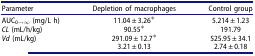
<table><thead><tr><td><b>Parameter</b></td><td><b>Depletion of macrophages</b></td><td><b>Control group</b></td></tr></thead><tbody><tr><td>AUC<sub>0→∞</sub> (mg/L h)</td><td>11.04 ± 3.26*</td><td>5.214 ± 1.23</td></tr><tr><td><i>CL</i> (mL/h/kg)</td><td>90.55*</td><td>191.79</td></tr><tr><td><i>Vd</i> (mL/kg)</td><td>291.09 ± 12.7*</td><td>525.95 ± 34.1</td></tr><tr><td>[EMPTY_CELL]</td><td>3.21 ± 0.13</td><td>2.74 ± 0.18</td></tr></tbody></table>